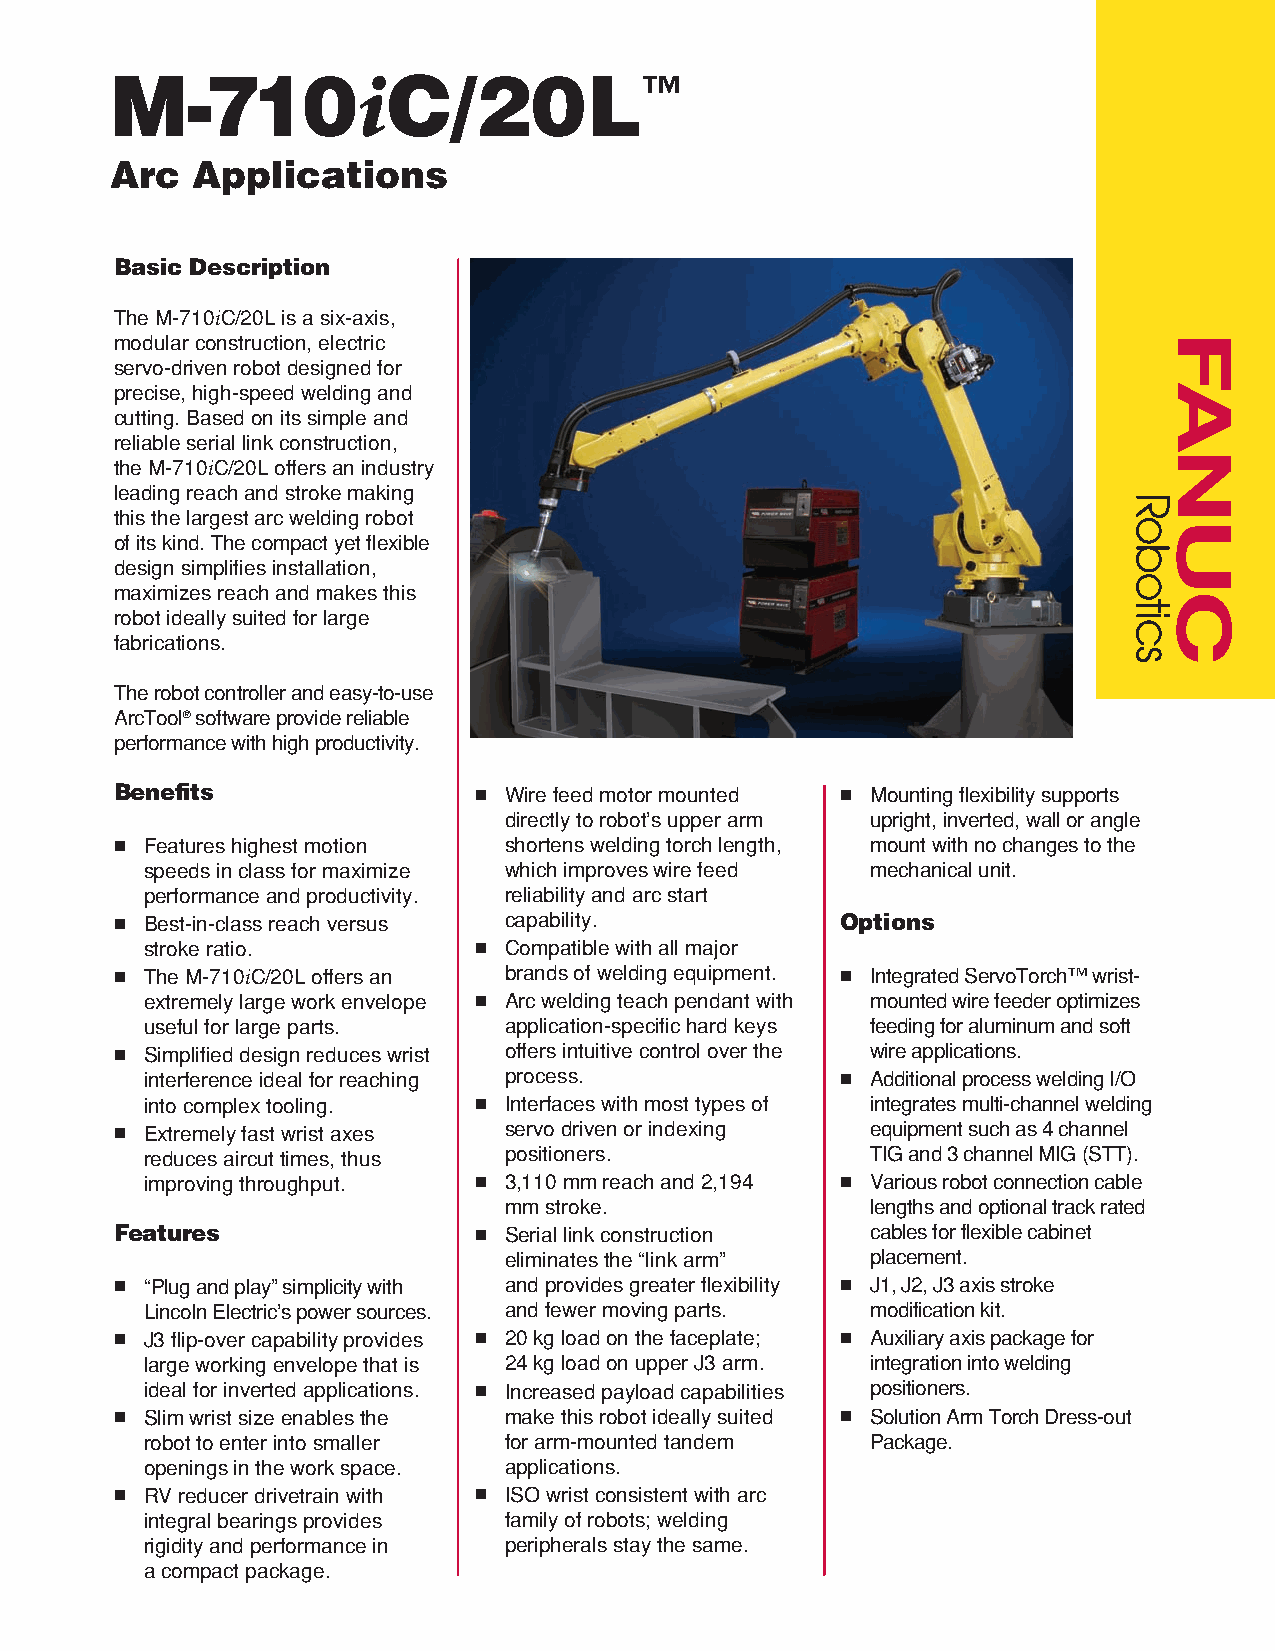
M-710            iC/20L™
 Arc   Applications
 Basic Description
 The M-710iC/20L is a six-axis,
 modular construction, electric
 servo-driven robot designed for
 precise, high-speed welding and
 cutting. Based on its simple and
 reliable serial link construction,
 the M-710iC/20L offers an industry
 leading reach and stroke making
 this the largest arc welding robot
 of its kind. The compact yet flexible
 design simplifies installation,
 maximizes reach and makes this
 robot ideally suited for large
 fabrications.
 The robot controller and easy-to-use
 ArcTool®software provide reliable
 performance with high productivity.
 Benefits               ■ Wire feed motor mounted ■ Mounting flexibility supports
 directly to robot’s upper arm upright, inverted, wall or angle
 ■ Features highest motion shortens welding torch length, mount with no changes to the
 speeds in class for maximize which improves wire feed mechanical unit.
 performance and productivity. reliability and arc start
 ■ Best-in-class reach versus capability.        Options
 stroke ratio.        ■ Compatible with all major
 ■ The M-710iC/20L offers an brands of welding equipment. ■ Integrated ServoTorch™ wrist-
 extremely large work envelope ■ Arc welding teach pendant with mounted wire feeder optimizes
 useful for large parts. application-specific hard keys feeding for aluminum and soft
 ■ Simplified design reduces wrist offers intuitive control over the wire applications.
 interference ideal for reaching process.      ■ Additional process welding I/O
 into complex tooling. ■ Interfaces with most types of integrates multi-channel welding
 ■ Extremely fast wrist axes servo driven or indexing equipment such as 4 channel
 reduces aircut times, thus positioners.         TIG and 3 channel MIG (STT).
 improving throughput. ■ 3,110 mm reach and 2,194 ■ Various robot connection cable
 mm stroke.               lengths and optional track rated
 Features               ■ Serial link construction cables for flexible cabinet
 eliminates the “link arm” placement.
 ■ “Plug and play” simplicity with and provides greater flexibility ■ J1, J2, J3 axis stroke
 Lincoln Electric’s power sources. and fewer moving parts. modification kit.
 ■ J3 flip-over capability provides ■ 20 kg load on the faceplate; ■ Auxiliary axis package for
 large working envelope that is 24 kg load on upper J3 arm. integration into welding
 ideal for inverted applications. ■ Increased payload capabilities positioners.
 ■ Slim wrist size enables the make this robot ideally suited ■ Solution Arm Torch Dress-out
 robot to enter into smaller for arm-mounted tandem Package.
 openings in the work space. applications.
 ■ RV reducer drivetrain with ■ ISO wrist consistent with arc
 integral bearings provides family of robots; welding
 rigidity and performance in peripherals stay the same.
 a compact package.